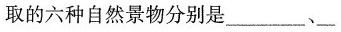
取的六种自然景物分别是___、___